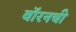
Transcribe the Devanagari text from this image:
वॉरनची